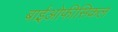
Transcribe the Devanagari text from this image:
बाईओफीसिकल